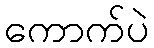
ကောက်ပဲ